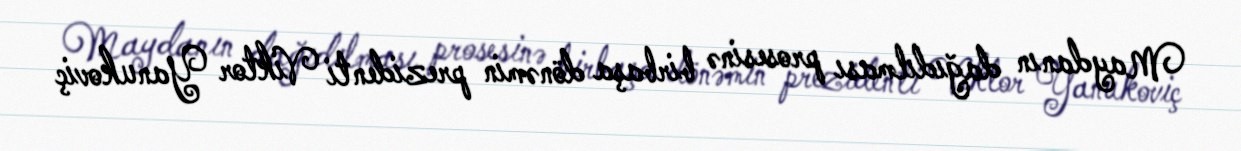
Maydanın dağıdılması prosesinə birbaşa dönəmin prezidenti Viktor Yanukoviç